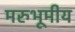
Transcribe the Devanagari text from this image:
मरुभूमीय